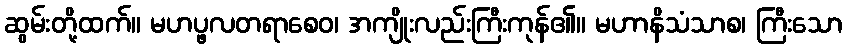
ဆွမ်းတို့ထက်။ မဟပ္ဖလတရာစေဝ၊ အကျိုးလည်းကြီးကုန်၏။ မဟာနိသံသာစ၊ ကြီးသော